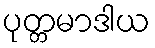
ပုတ္တမာဒါယ